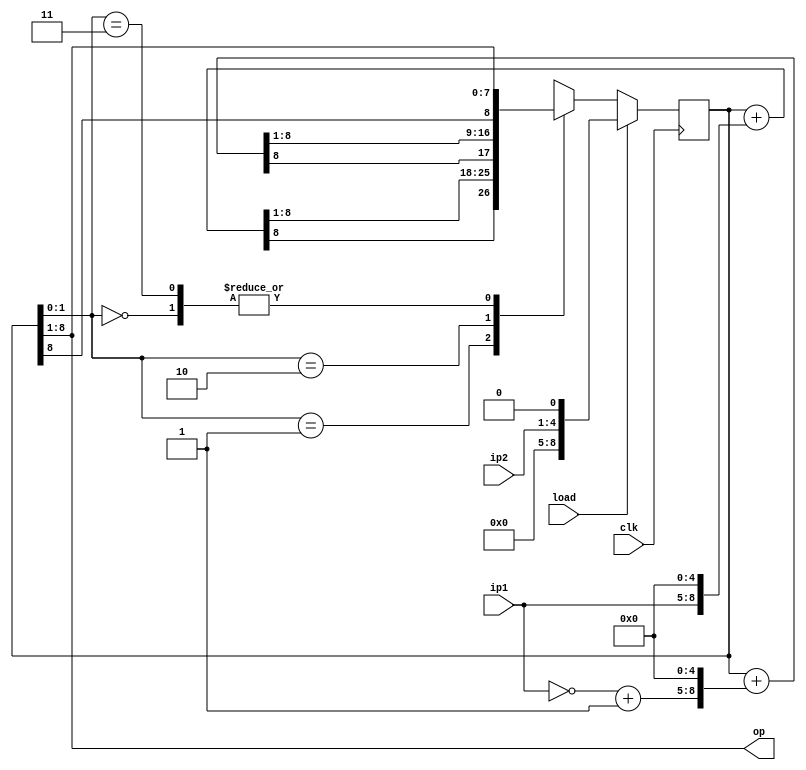
module l7q3(input [3:0] ip1,ip2,output [7:0] op,input load,clk);

reg [8:0] prod=9'd0;
wire [3:0]t1;
wire [1:0]sel;

assign t1=(~ip1)+1'b1;
assign sel={prod[1],prod[0]};
assign op=prod[8:1];

always @ (posedge clk)
begin
if (load==1'b1)
prod={4'd0,ip2,1'd0};

else
case(sel)
2'b00:begin
      prod={prod[8],prod[8:1]};
      end
2'b01: begin
       prod=prod+{ip1,5'd0};
       prod={prod[8],prod[8:1]};
       end
2'b10:begin
      prod=prod+{t1,5'd0};
       prod={prod[8],prod[8:1]};
      end
2'b11: begin
      prod={prod[8],prod[8:1]};
      end
endcase
end
endmodule
//======================= TB ============================//
module tb;

reg [3:0] tip1,tip2;
reg tload,tclk;
wire [7:0]top;

l7q3 t0(tip1,tip2,top,tload,tclk);

always
begin
tclk=1'b1;
#5
tclk=1'b0;
#5;
end
initial
begin
tip1=4'd12;
tip2=4'd11;
tload=1'b1;
#10

tip1=4'd12;
tip2=4'd11;
tload=1'b0;
#50

tip1=4'd13;
tip2=4'd9;
tload=1'b1;
#10

tip1=4'd13;
tip2=4'd9;
tload=1'b0;
#50

tip1=4'd12;
tip2=4'd14;
tload=1'b1;
#10

tip1=4'd12;
tip2=4'd14;
tload=1'b0;
#50;
end
endmodule